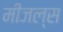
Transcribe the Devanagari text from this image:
मीजल्स